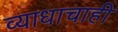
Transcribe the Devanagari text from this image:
व्याधाचाही